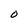
Character: O